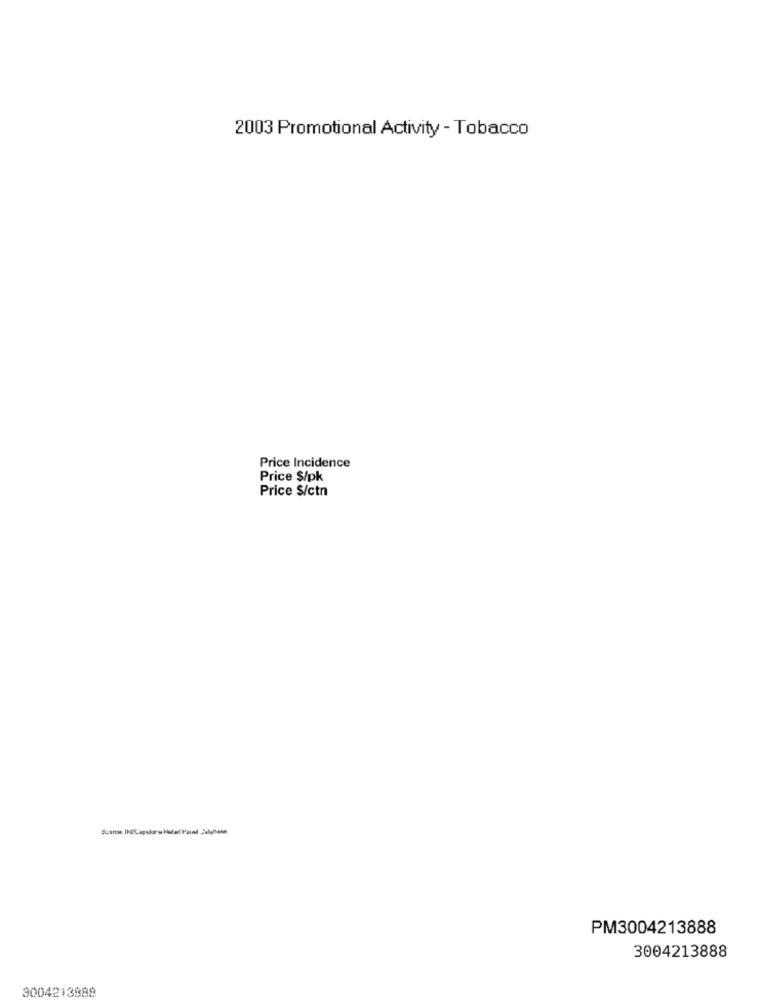
2003 Promotional Activity - Tobacco
Price Incidence
Price $/pk
Price $/ctn
PM3004213888
3004213888
3004213888